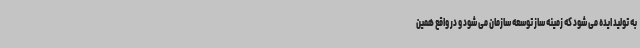
به تولید ایده می شود که زمینه ساز توسعه سازمان می شود و در واقع همین